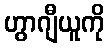
ဟွာဂျီယူကို